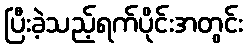
ပြီးခဲ့သည့်ရက်ပိုင်းအတွင်း